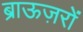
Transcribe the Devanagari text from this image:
ब्राऊज़रों